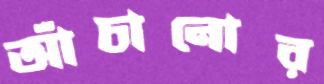
আঁচানোর